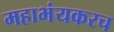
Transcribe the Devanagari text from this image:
महाभंयकरच